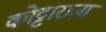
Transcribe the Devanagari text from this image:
कोट्टाराजा